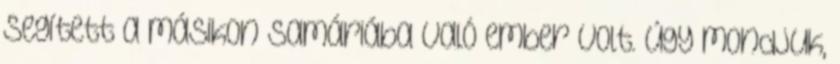
segített a másikon Samáriába való ember volt. Úgy mondjuk,